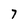
Character: 7